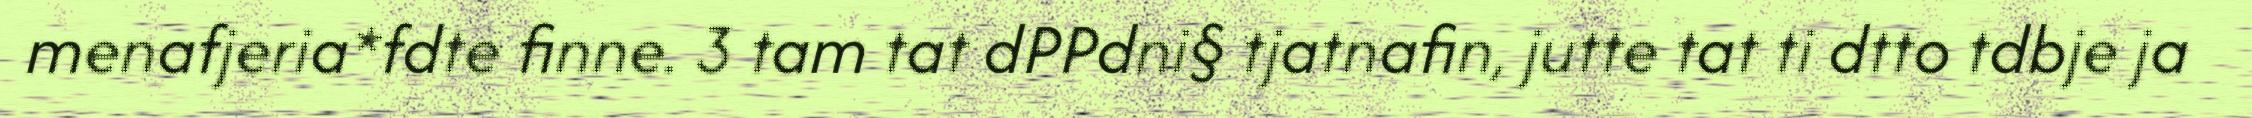
menafjeria*fdte finne. 3 tam tat dPPdni§ tjatnafin, jutte tat ti dtto tdbje ja